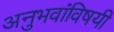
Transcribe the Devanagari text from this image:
अनुभवांविषयी